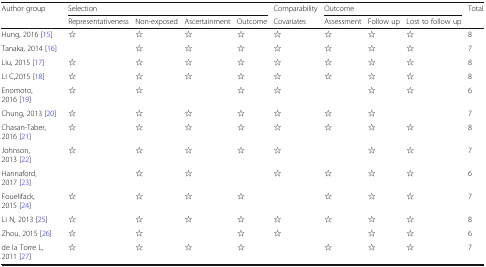
<table><thead><tr><td rowspan="2"><b>Author group</b></td><td colspan="4"><b>Selection</b></td><td><b>Comparability</b></td><td colspan="3"><b>Outcome</b></td><td rowspan="2"><b>Total</b></td></tr><tr><td><b>Representativeness</b></td><td><b>Non-exposed</b></td><td><b>Ascertainment</b></td><td><b>Outcome</b></td><td><b>Covariates</b></td><td><b>Assessment</b></td><td><b>Follow up</b></td><td><b>Lost to follow up</b></td></tr></thead><tbody><tr><td>Hung, 2016 [15]</td><td>☆</td><td>☆</td><td>☆</td><td>☆</td><td>☆</td><td>☆</td><td>☆</td><td>☆</td><td>8</td></tr><tr><td>Tanaka, 2014 [16]</td><td></td><td>☆</td><td>☆</td><td>☆</td><td>☆</td><td>☆</td><td>☆</td><td>☆</td><td>7</td></tr><tr><td>Liu, 2015 [17]</td><td>☆</td><td>☆</td><td>☆</td><td>☆</td><td>☆</td><td>☆</td><td>☆</td><td>☆</td><td>8</td></tr><tr><td>Li C,2015 [18]</td><td>☆</td><td>☆</td><td>☆</td><td>☆</td><td>☆</td><td>☆</td><td>☆</td><td>☆</td><td>8</td></tr><tr><td>Enomoto, 2016 [19]</td><td>☆</td><td>☆</td><td></td><td>☆</td><td>☆</td><td></td><td>☆</td><td>☆</td><td>6</td></tr><tr><td>Chung, 2013 [20]</td><td>☆</td><td>☆</td><td>☆</td><td>☆</td><td>☆</td><td>☆</td><td>☆</td><td></td><td>7</td></tr><tr><td>Chasan-Taber, 2016 [21]</td><td>☆</td><td>☆</td><td>☆</td><td>☆</td><td>☆</td><td>☆</td><td>☆</td><td>☆</td><td>8</td></tr><tr><td>Johnson, 2013 [22]</td><td>☆</td><td>☆</td><td>☆</td><td>☆</td><td>☆</td><td></td><td>☆</td><td>☆</td><td>7</td></tr><tr><td>Hannaford, 2017 [23]</td><td></td><td>☆</td><td>☆</td><td></td><td>☆</td><td>☆</td><td>☆</td><td>☆</td><td>6</td></tr><tr><td>Fouelifack, 2015 [24]</td><td>☆</td><td>☆</td><td>☆</td><td>☆</td><td></td><td>☆</td><td>☆</td><td>☆</td><td>7</td></tr><tr><td>Li N, 2013 [25]</td><td>☆</td><td>☆</td><td>☆</td><td>☆</td><td>☆</td><td>☆</td><td>☆</td><td>☆</td><td>8</td></tr><tr><td>Zhou, 2015 [26]</td><td>☆</td><td>☆</td><td></td><td>☆</td><td>☆</td><td></td><td>☆</td><td>☆</td><td>6</td></tr><tr><td>de la Torre L, 2011 [27]</td><td>☆</td><td>☆</td><td>☆</td><td>☆</td><td></td><td>☆</td><td>☆</td><td>☆</td><td>7</td></tr></tbody></table>